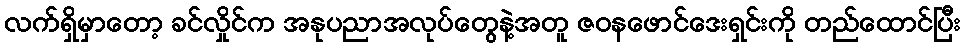
လက်ရှိမှာတော့ ခင်လှိုင်က အနုပညာအလုပ်တွေနဲ့အတူ ဇဝနဖောင်ဒေးရှင်းကို တည်ထောင်ပြီး